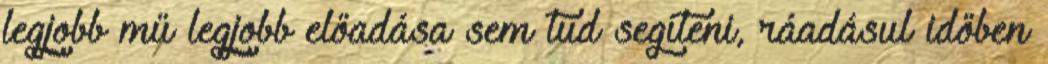
legjobb mű legjobb előadása sem tud segíteni, ráadásul időben